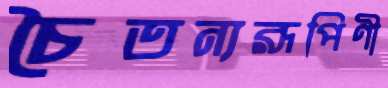
চৈতন্যরূপিণী